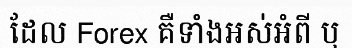
ដែល Forex គឺទាំងអស់អំពី ឬ